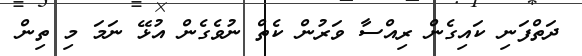
ދަތްފަނި ކައިގެން ރިއްސާ ވަރުން ކެތް ނުވެގެން އުޅޭ ނަމަ މި ތިން